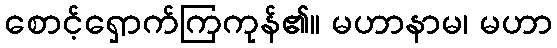
စောင့်ရှောက်ကြကုန်၏။ မဟာနာမ၊ မဟာ